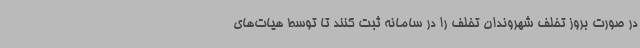
در صورت بروز تخلف شهروندان تخلف را در سامانه ثبت کنند تا توسط هیات‌های